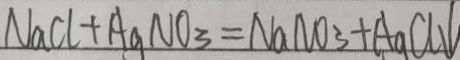
N a C l + A g N O _ { 3 } = N a N O _ { 3 } + A _ { 9 } C l \downarrow